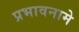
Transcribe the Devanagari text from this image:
प्रभावनामे